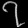
Digit: ၇